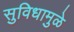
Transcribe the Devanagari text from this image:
सुविधामुळे